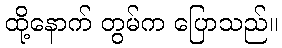
ထို့နောက် တွမ်က ပြောသည်။